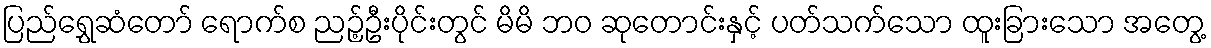
ပြည်ရွှေဆံတော် ရောက်စ ညဉ့်ဦးပိုင်းတွင် မိမိ ဘဝ ဆုတောင်းနှင့် ပတ်သက်သော ထူးခြားသော အတွေ့